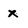
Character: x